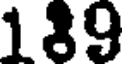
189